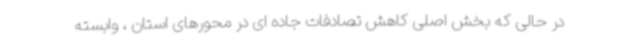
در حالی که بخش اصلی کاهش تصادفات جاده ای در محورهای استان ، وابسته